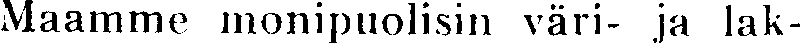
Maamme monipuolisin väri- ja lak-